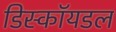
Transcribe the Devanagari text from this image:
डिस्कॉयडल